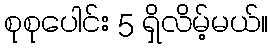
စုစုပေါင်း 5 ရှိလိမ့်မယ်။